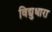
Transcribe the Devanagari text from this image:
विद्युधारा